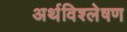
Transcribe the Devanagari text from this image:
अर्थविश्लेषण